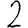
Digit: 2